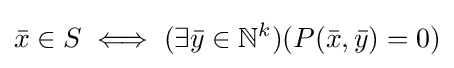
{\bar {x}}\in S\iff (\exists {\bar {y}}\in \mathbb {N} ^{k})(P({\bar {x}},{\bar {y}})=0)